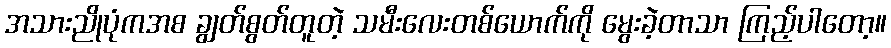
အသားညိုပုံကအစ ချွတ်စွတ်တူတဲ့ သမီးလေးတစ်ယောက်ကို မွေးခဲ့တာသာ ကြည့်ပါတော့။